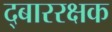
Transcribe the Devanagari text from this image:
द्बाररक्षक